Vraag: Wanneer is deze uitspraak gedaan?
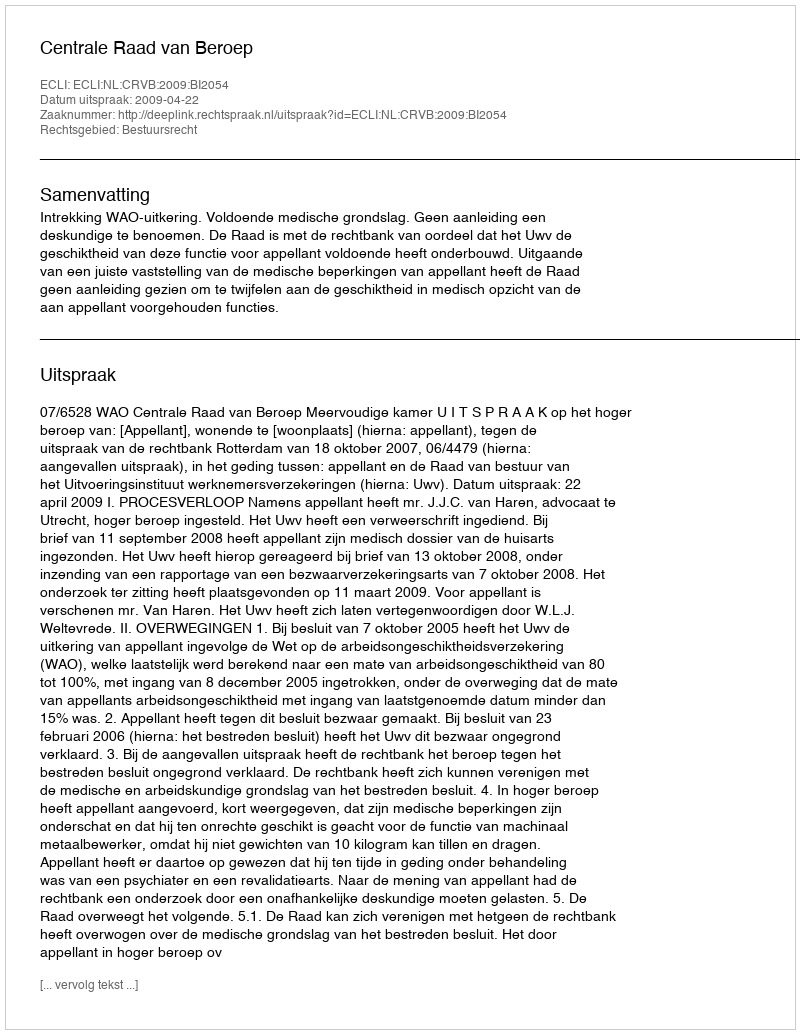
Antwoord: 2009-04-22